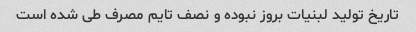
تاریخ تولید لبنیات بروز نبوده و نصف تایم مصرف طی شده است